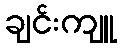
ချင်းကျူ